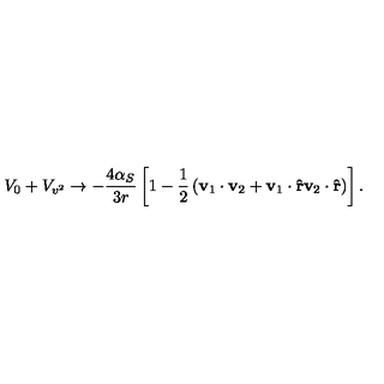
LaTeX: V _ { 0 } + V _ { v ^ { 2 } } \rightarrow - \frac { 4 \alpha _ { S } } { 3 r } \left[ 1 - \frac { 1 } { 2 } \left( \bf v _ { \mathrm { 1 } } \cdot v _ { \mathrm { 2 } } + v _ { \mathrm { 1 } } \cdot \hat { r } v _ { \mathrm { 2 } } \cdot \hat { r } \right) \right] .